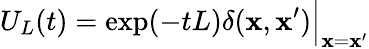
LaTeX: U_{L}(t)=\exp(-tL)\delta(\mathbf{x},\mathbf{x}^{\prime})\Big\vert_{\mathbf{x}=\mathbf{x}^{\prime}}